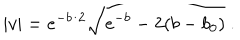
| v | = e ^ { - b / 2 } \sqrt { e ^ { - b } - 2 ( b - b _ { 0 } ) } ~ .